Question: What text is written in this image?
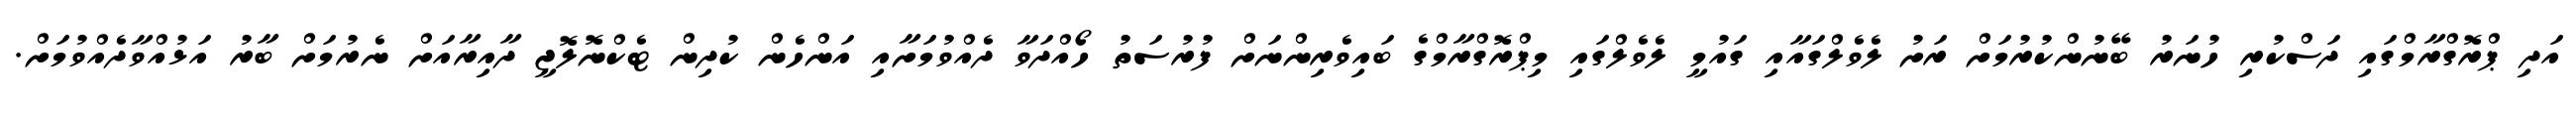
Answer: އަދި ޕްރޮގްރާމްގައި ދަސްކުރި ހުނަރު ބޭނުންކުރުމަށް ރަށު ލެވެލްގައާއި ގައުމީ ލެވެލްގައި މިޕްރޮގްރާމްގެ ބައިވެރިންނަށް ފުރުސަތު ހޯއްދަވާ ދެއްވުމަށާއި އަންހެން ކުދިން ޓެކްނޮލޮޖީ ދާއިރާއަށް ނެރުމަށް ބާރު އަޅުއްވާދެއްވުމަށް.